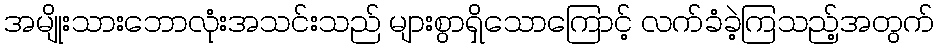
အမျိုးသားဘောလုံးအသင်းသည် များစွာရှိသောကြောင့် လက်ခံခဲ့ကြသည့်အတွက်